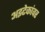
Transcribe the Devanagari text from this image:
अझ्टेकांवर